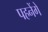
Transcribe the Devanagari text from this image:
पहनेंगे